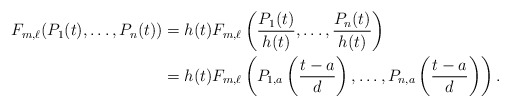
\begin{align*} F_{m,\ell}(P_1(t), \ldots, P_n(t))&=h(t)F_{m, \ell}\left(\frac{P_1(t)}{h(t)}, \ldots, \frac{P_n(t)}{h(t)}\right)\\&= h(t) F_{m, \ell} \left( P_{1, a}\left(\frac{t-a}{d}\right), \ldots, P_{n, a} \left( \frac{t-a}{d} \right) \right). \end{align*}